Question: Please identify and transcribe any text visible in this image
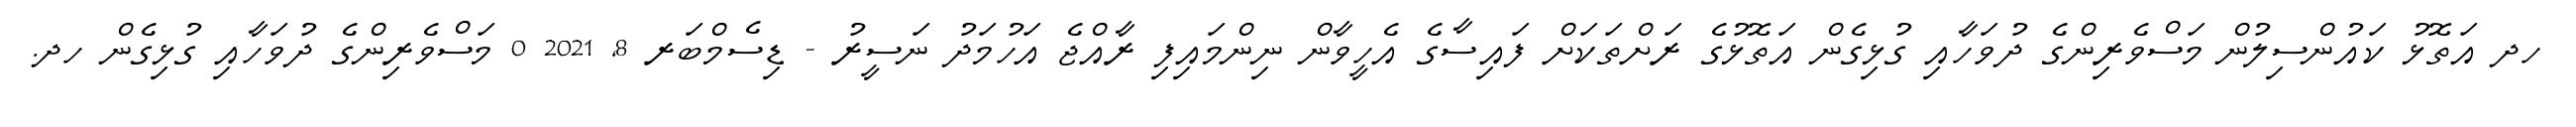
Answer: ހދ އަތޮޅު ކައުންސިލުން މަސްވެރިންގެ ދުވަހާއި ގުޅިގެން އަތޮޅުގެ ރަށްތަކަށް ފައިސާގެ އެހީވާން ނިންމައިފި ރާއްޖެ އަހުމަދު ނަސީރު - ޑިސެމްބަރ 8, 2021 0 މަސްވެރިންގެ ދުވަހާއި ގުޅިގެން ހދ.